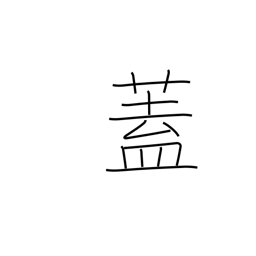
Meaning: flap